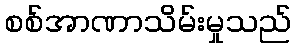
စစ်အာဏာသိမ်းမှုသည်